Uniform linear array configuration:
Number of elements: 4
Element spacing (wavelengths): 0.25
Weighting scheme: kaiser
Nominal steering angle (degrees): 0
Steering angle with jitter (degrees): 0.2129
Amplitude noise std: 0.05
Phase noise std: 0.05

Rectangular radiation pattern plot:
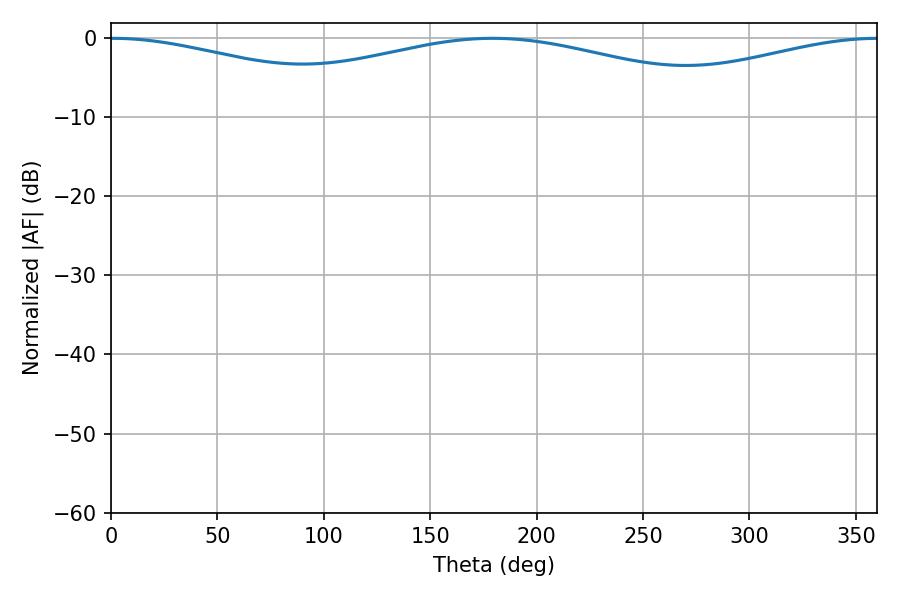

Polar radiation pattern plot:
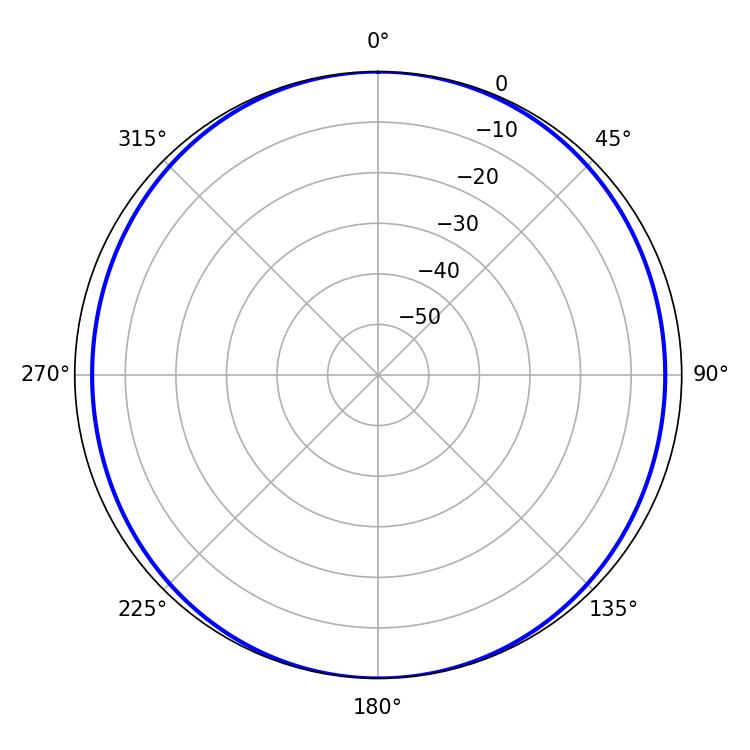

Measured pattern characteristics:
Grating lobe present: FALSE
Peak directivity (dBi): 17.667
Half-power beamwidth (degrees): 74.52
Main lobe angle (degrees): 0.72